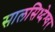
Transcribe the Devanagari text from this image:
सालसिध्‍देश्‍वर